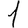
Digit: 1